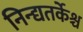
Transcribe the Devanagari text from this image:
निन्द्यतर्केश्च